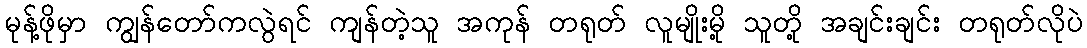
မုန့်ဖိုမှာ ကျွန်တော်ကလွဲရင် ကျန်တဲ့သူ အကုန် တရုတ် လူမျိုးမို့ သူတို့ အချင်းချင်း တရုတ်လိုပဲ